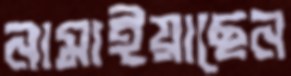
নামাইয়াছেন